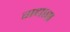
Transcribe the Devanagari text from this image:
गद्यास